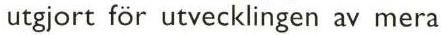
utgjort för utvecklingen av mera